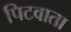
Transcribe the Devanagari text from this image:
पिटवाता